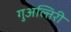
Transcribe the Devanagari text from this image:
गुअल्तिरी